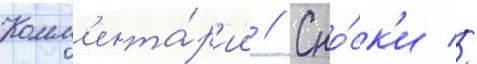
Комм'ента́р'ии // Сно́ск'и //